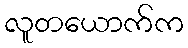
လူတယောက်က